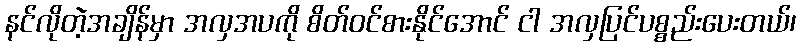
နင်လိုတဲ့အချိန်မှာ အလှအပကို စိတ်ဝင်စားနိုင်အောင် ငါ အလှပြင်ပစ္စည်းပေးတယ်၊